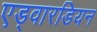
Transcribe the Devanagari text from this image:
एड्वारडियन